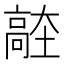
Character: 𱅼